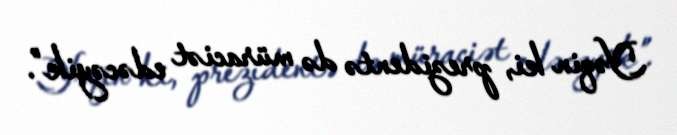
Yəqin ki, prezidentə də müraciət edəcəyik”.